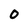
Character: 0